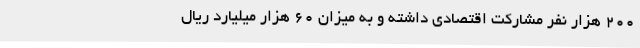
200 هزار نفر مشارکت اقتصادی داشته و به میزان 60 هزار میلیارد ریال